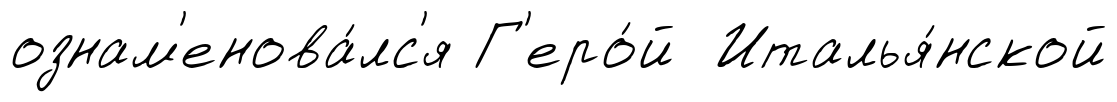
ознам'енова́лс'я Г'еро́й Италья́нской